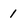
Character: 1